Annual report of the Punjab Veterinary College and of the Civil Veterinary Department, Punjab - 1909-1919
Year: 1909
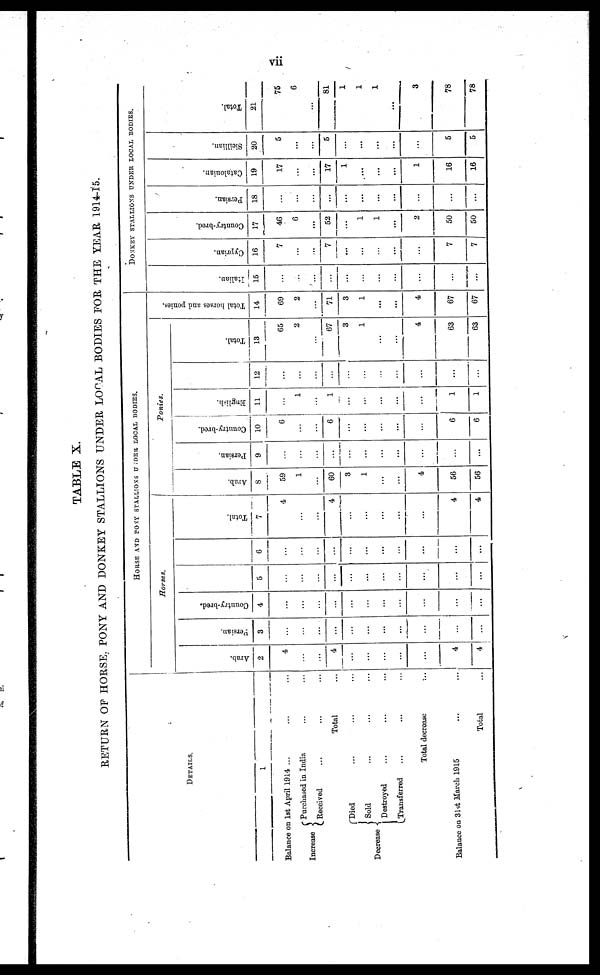
vii
TABLE X.
RETURN OF HORSE, PONY AND DONKEY STALLIONS UNDER LOCAL BODIES FOR THE YEAR 1914-15.
DETAILS.
1
Balance on 1st April 1914 ... ... ...
Increase ... ...
Purchased in India ... ...
Received ... ... ...
Total ...
Decrease
Died ... ... ... ...
Sold ... ... ...
Destroyed ... ... ...
Transferred ... ... ...
Total decrease
...
Balance on 31st March 1915 ... ... ...
Total ...
HORSE AND PONY STALLIONS UNDER LOCAL BODIES.
Horses.
Arab.
2
4
...
...
4
...
...
...
...
...
4
4
Persian.
3
...
...
...
...
...
...
...
...
...
...
...
Country-bred.
4
...
...
...
...
...
...
...
...
...
...
...
5
...
...
...
...
...
...
...
...
...
...
...
6
...
...
...
...
...
...
...
...
...
...
...
Total.
7
4
...
...
4
...
...
...
...
...
4
4
Ponies.
Arab.
8
59
1
...
60
3
1
...
...
4
56
56
Persian.
9
...
...
...
...
...
...
...
...
...
...
...
Country-bred.
10
6
...
...
6
...
...
...
...
...
6
6
English.
11
...
1
...
1
...
...
...
...
...
1
1
12
...
...
...
...
...
...
...
...
...
...
...
Total.
13
65
2
...
67
3
1
...
...
4
63
63
Tot al hor s es and ponies
14
69
2
...
71
3
1
...
...
4
67
67
DONKEY STALLIONS UNDER LOCAL BODIES.
I t al i an.
15
...
...
...
...
...
...
...
...
...
...
Cypr i
an.
16
7
...
...
7
...
...
...
...
7
7
Count r
y- br e d.
17
46
6
...
52
...
1
1
...
2
50
50
Persian.
18
...
...
...
...
...
...
...
...
...
...
...
Cat al oni an.
19
17
...
...
17
1
...
...
...
1
16
16
Si ci l l i an.
20
5
...
...
5
...
...
...
...
...
5
5
Tot al .
21
75
6
....
81
1
1
1
...
3
78
78